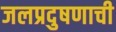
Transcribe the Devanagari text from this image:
जलप्रदुषणाची